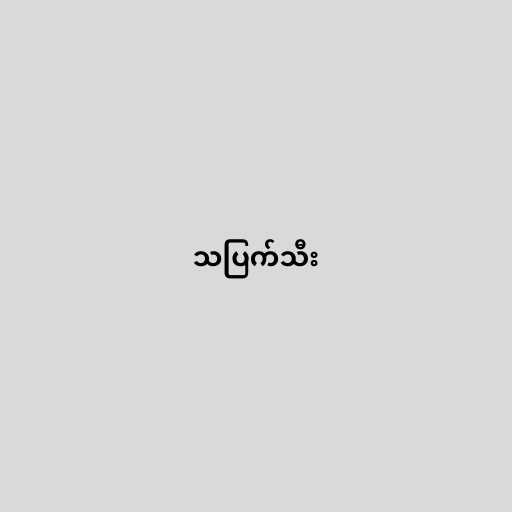
သပြက်သီး